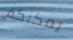
يمكنكم